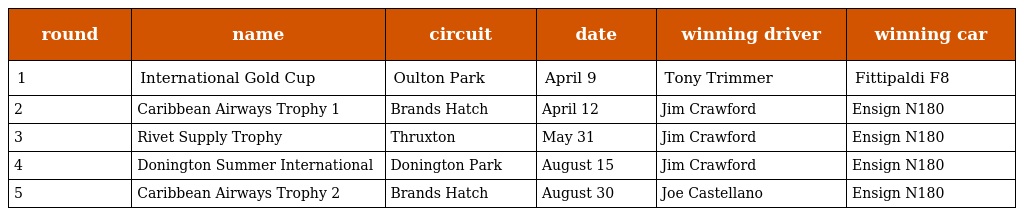
| round | name | circuit | date | winning driver | winning car |
 | --- | --- | --- | --- | --- | --- |
 | 1 | International Gold Cup | Oulton Park | April 9 | Tony Trimmer | Fittipaldi F8 |
 | 2 | Caribbean Airways Trophy 1 | Brands Hatch | April 12 | Jim Crawford | Ensign N180 |
 | 3 | Rivet Supply Trophy | Thruxton | May 31 | Jim Crawford | Ensign N180 |
 | 4 | Donington Summer International | Donington Park | August 15 | Jim Crawford | Ensign N180 |
 | 5 | Caribbean Airways Trophy 2 | Brands Hatch | August 30 | Joe Castellano | Ensign N180 |